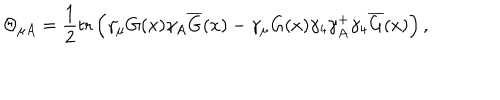
\Theta _ { \mu A } = \frac 1 2 \mathrm { t r } \left( \gamma _ { \mu } G ( x ) \gamma _ { A } \overline { { { G } } } ( x ) - \gamma _ { \mu } G ( x ) \gamma _ { 4 } \gamma _ { A } ^ { + } \gamma _ { 4 } \overline { { { G } } } ( x ) \right) ,